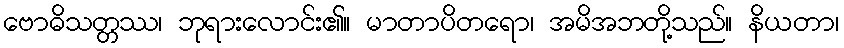
ဗောဓိသတ္တဿ၊ ဘုရားလောင်း၏။ မာတာပိတရော၊ အမိအဘတို့သည်။ နိယတာ၊